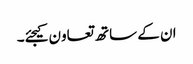
ان کے ساتھ تعاون کیجئے۔